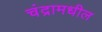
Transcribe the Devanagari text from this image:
चंद्रामधील